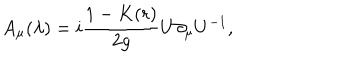
LaTeX: A _ { \mu } ( \lambda ) = i \frac { 1 - K ( r ) } { 2 g } U \partial _ { \mu } U ^ { - 1 } , \;